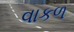
વાકળ